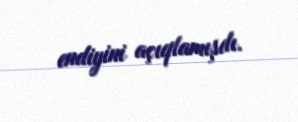
endiyini açıqlamışdı.